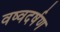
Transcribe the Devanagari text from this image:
वष्वदर्षण